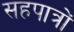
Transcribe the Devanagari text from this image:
सहपात्रों